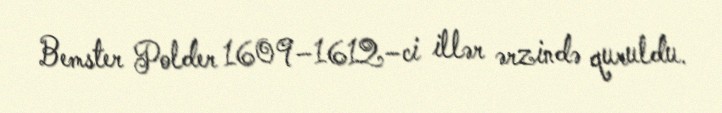
Bemster Polder 1609–1612–ci illər ərzində quruldu.